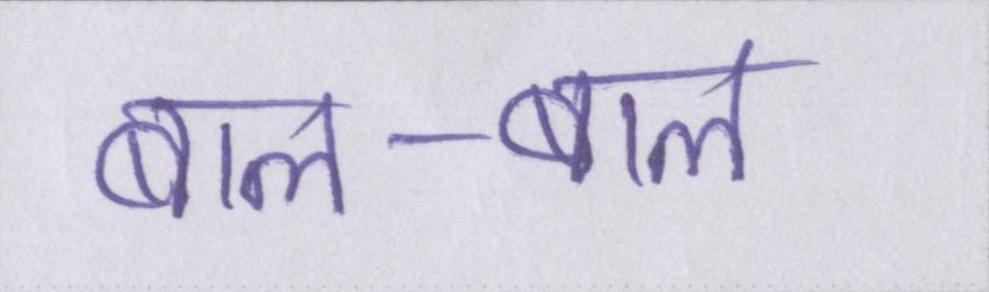
बाल-बाल